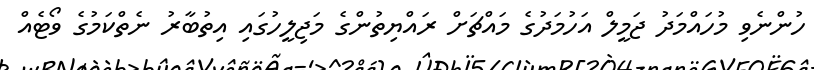
ހުންނެވި މުހައްމަދު ޖަމީލް އަހުމަދުގެ މައްޗަށް ރައްޔިތުންގެ މަޖިލީހުގައި އިތުބާރު ނެތްކަމުގެ ވޯޓެއް